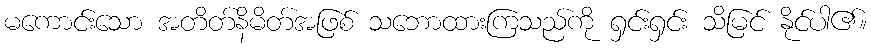
မကောင်းသော အတိတ်နိမိတ်အဖြစ် သဘောထားကြသည်ကို ရှင်းရှင်း သိမြင် နိုင်ပါ၏။